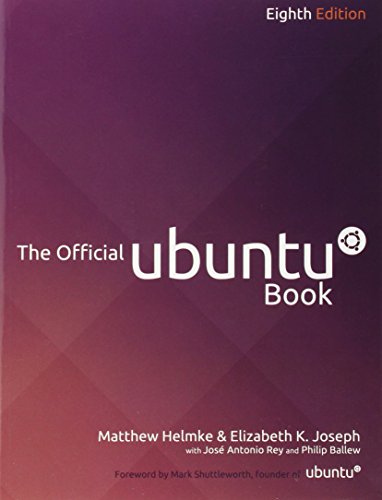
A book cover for The Official Ubuntu Book (8th Edition); Matthew Helmke; Computers & Technology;